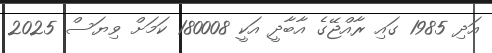
އަދި 1985 ގައި ރާއްޖޭގެ އާބާދީ އަކީ 180008 ކަމަށް ވިޔަސް 2025